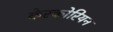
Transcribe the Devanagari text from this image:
केरकोरियन